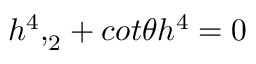
{ { h ^ { 4 } } , } _ { 2 } + c o t { \theta } h ^ { 4 } = 0